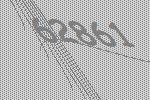
62861